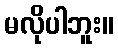
မလိုပါဘူး။